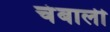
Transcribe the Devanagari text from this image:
चंबाली